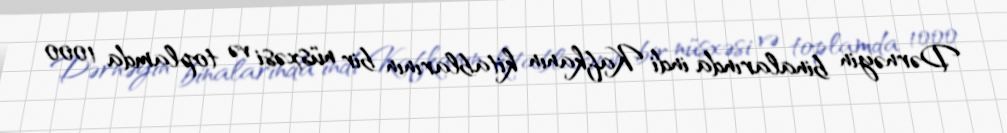
Dərnəyin binalarında indi Kafkanın kitablarının bir nüsxəsi və toplamda 1000